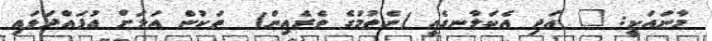
މާނައަކީ: " އަދި އެކަލާނގެއީ (ނެތުމުގެ ތެރެއިން)  ތަކުން އަލަށް އުފައްދަވައި